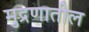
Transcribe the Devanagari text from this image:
मुद्रणातील